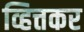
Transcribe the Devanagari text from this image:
व्हित्तकर